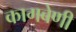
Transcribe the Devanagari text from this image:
कागबेणी